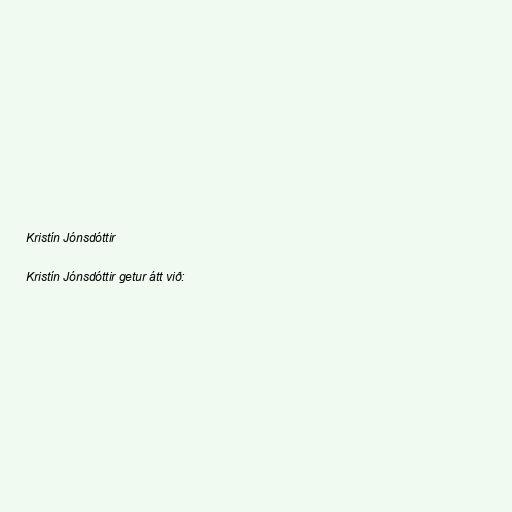
Kristín Jónsdóttir

Kristín Jónsdóttir getur átt við: